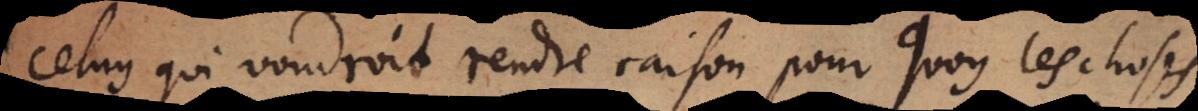
celuy qui voudroit rendre raison pour quoy les choses